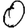
Digit: 0